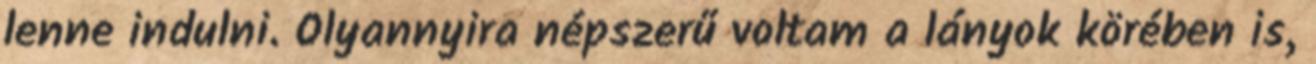
lenne indulni. Olyannyira népszerű voltam a lányok körében is,